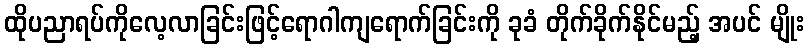
ထိုပညာရပ်ကိုလေ့လာခြင်းဖြင့်ရောဂါကျရောက်ခြင်းကို ခုခံ တိုက်ခိုက်နိုင်မည့် အပင် မျိုး